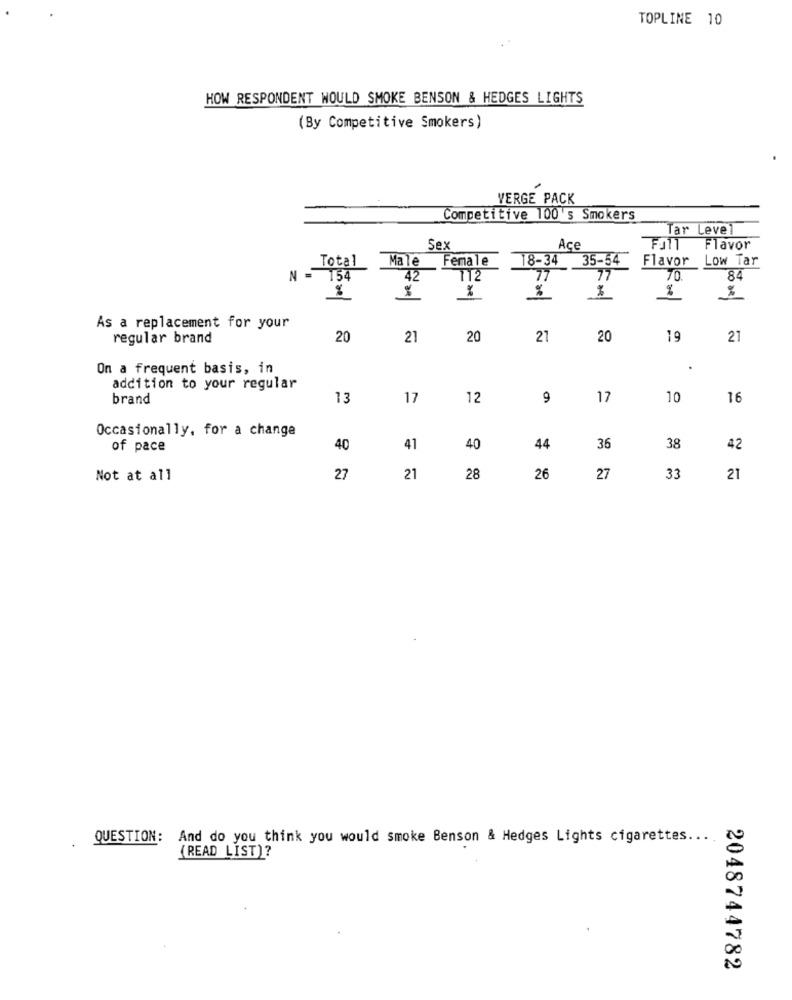
TOPLINE 10
HOW RESPONDENT WOULD SMOKE BENSON & HEDGES LIGHTS
(By Competitive Smokers)
VERGE PACK
Competitive 100 's Smokers
Tar Level
Sex
Ace
Flavor
Total
Male
Female
18-34
35-54
Flavor
Low Tar
N = 154
42
112
77
77
70.
84
%
%
%
%
As a replacement for your
regular brand
20
21
20
21
20
19
21
On a frequent basis, in
addition to your regular
brand
13
17
12
9
17
10
16
Occasionally, for a change
of pace
40
41
40
44
36
38
42
Not at all
27
21
28
26
27
33
21
QUESTION:
And do you think you would smoke Benson & Hedges Lights cigarettes ....
(READ LIST)?
2048744782